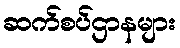
ဆက်စပ်ဌာနများ